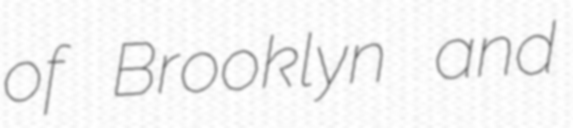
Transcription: of Brooklyn and